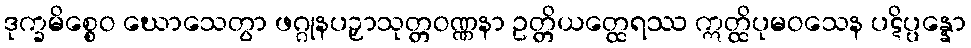
ဒုက္ခမိစ္စေဝ ဃောသေတွာ ဖဂ္ဂုနပဉှာသုတ္တဝဏ္ဏနာ ဥတ္တိယတ္ထေရဿ ဣတ္ထိပုမဝသေန ပဋိပ္ပန္နော